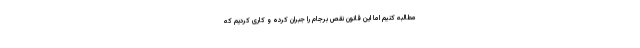
مطالبه کنیم اما این قانون نقص برجام را جبران کرده و کاری کردیم که